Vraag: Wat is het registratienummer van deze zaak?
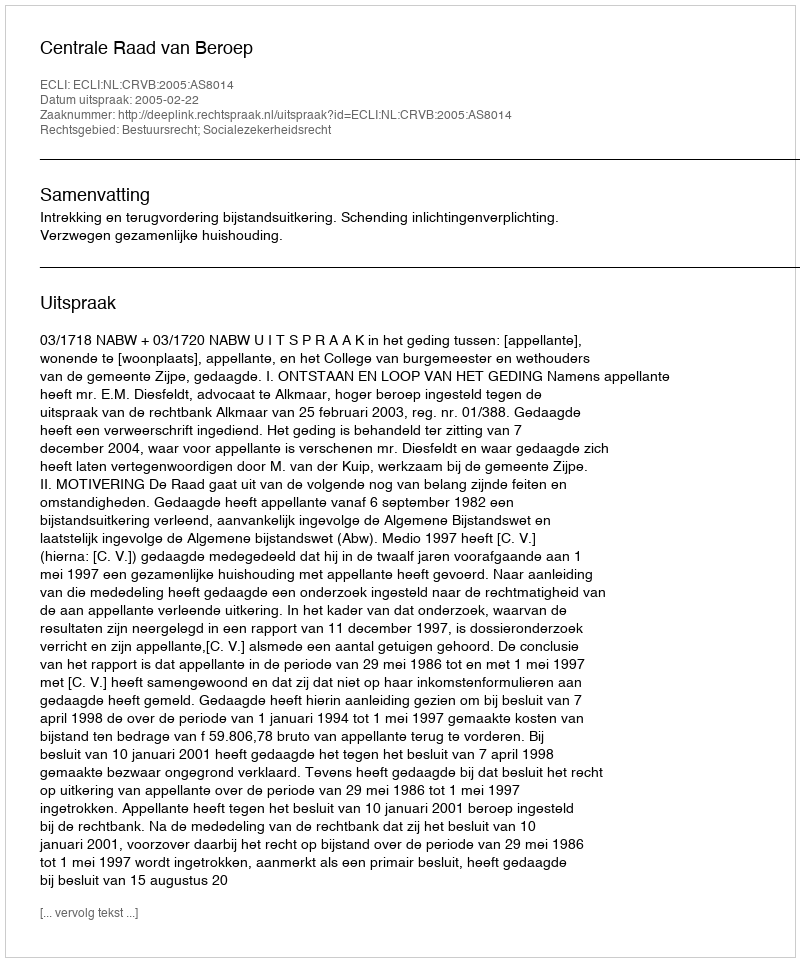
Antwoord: http://deeplink.rechtspraak.nl/uitspraak?id=ECLI:NL:CRVB:2005:AS8014